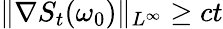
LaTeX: \| \nabla S_{t}(\omega_{0})\| _{L^{\infty}}\geq ct